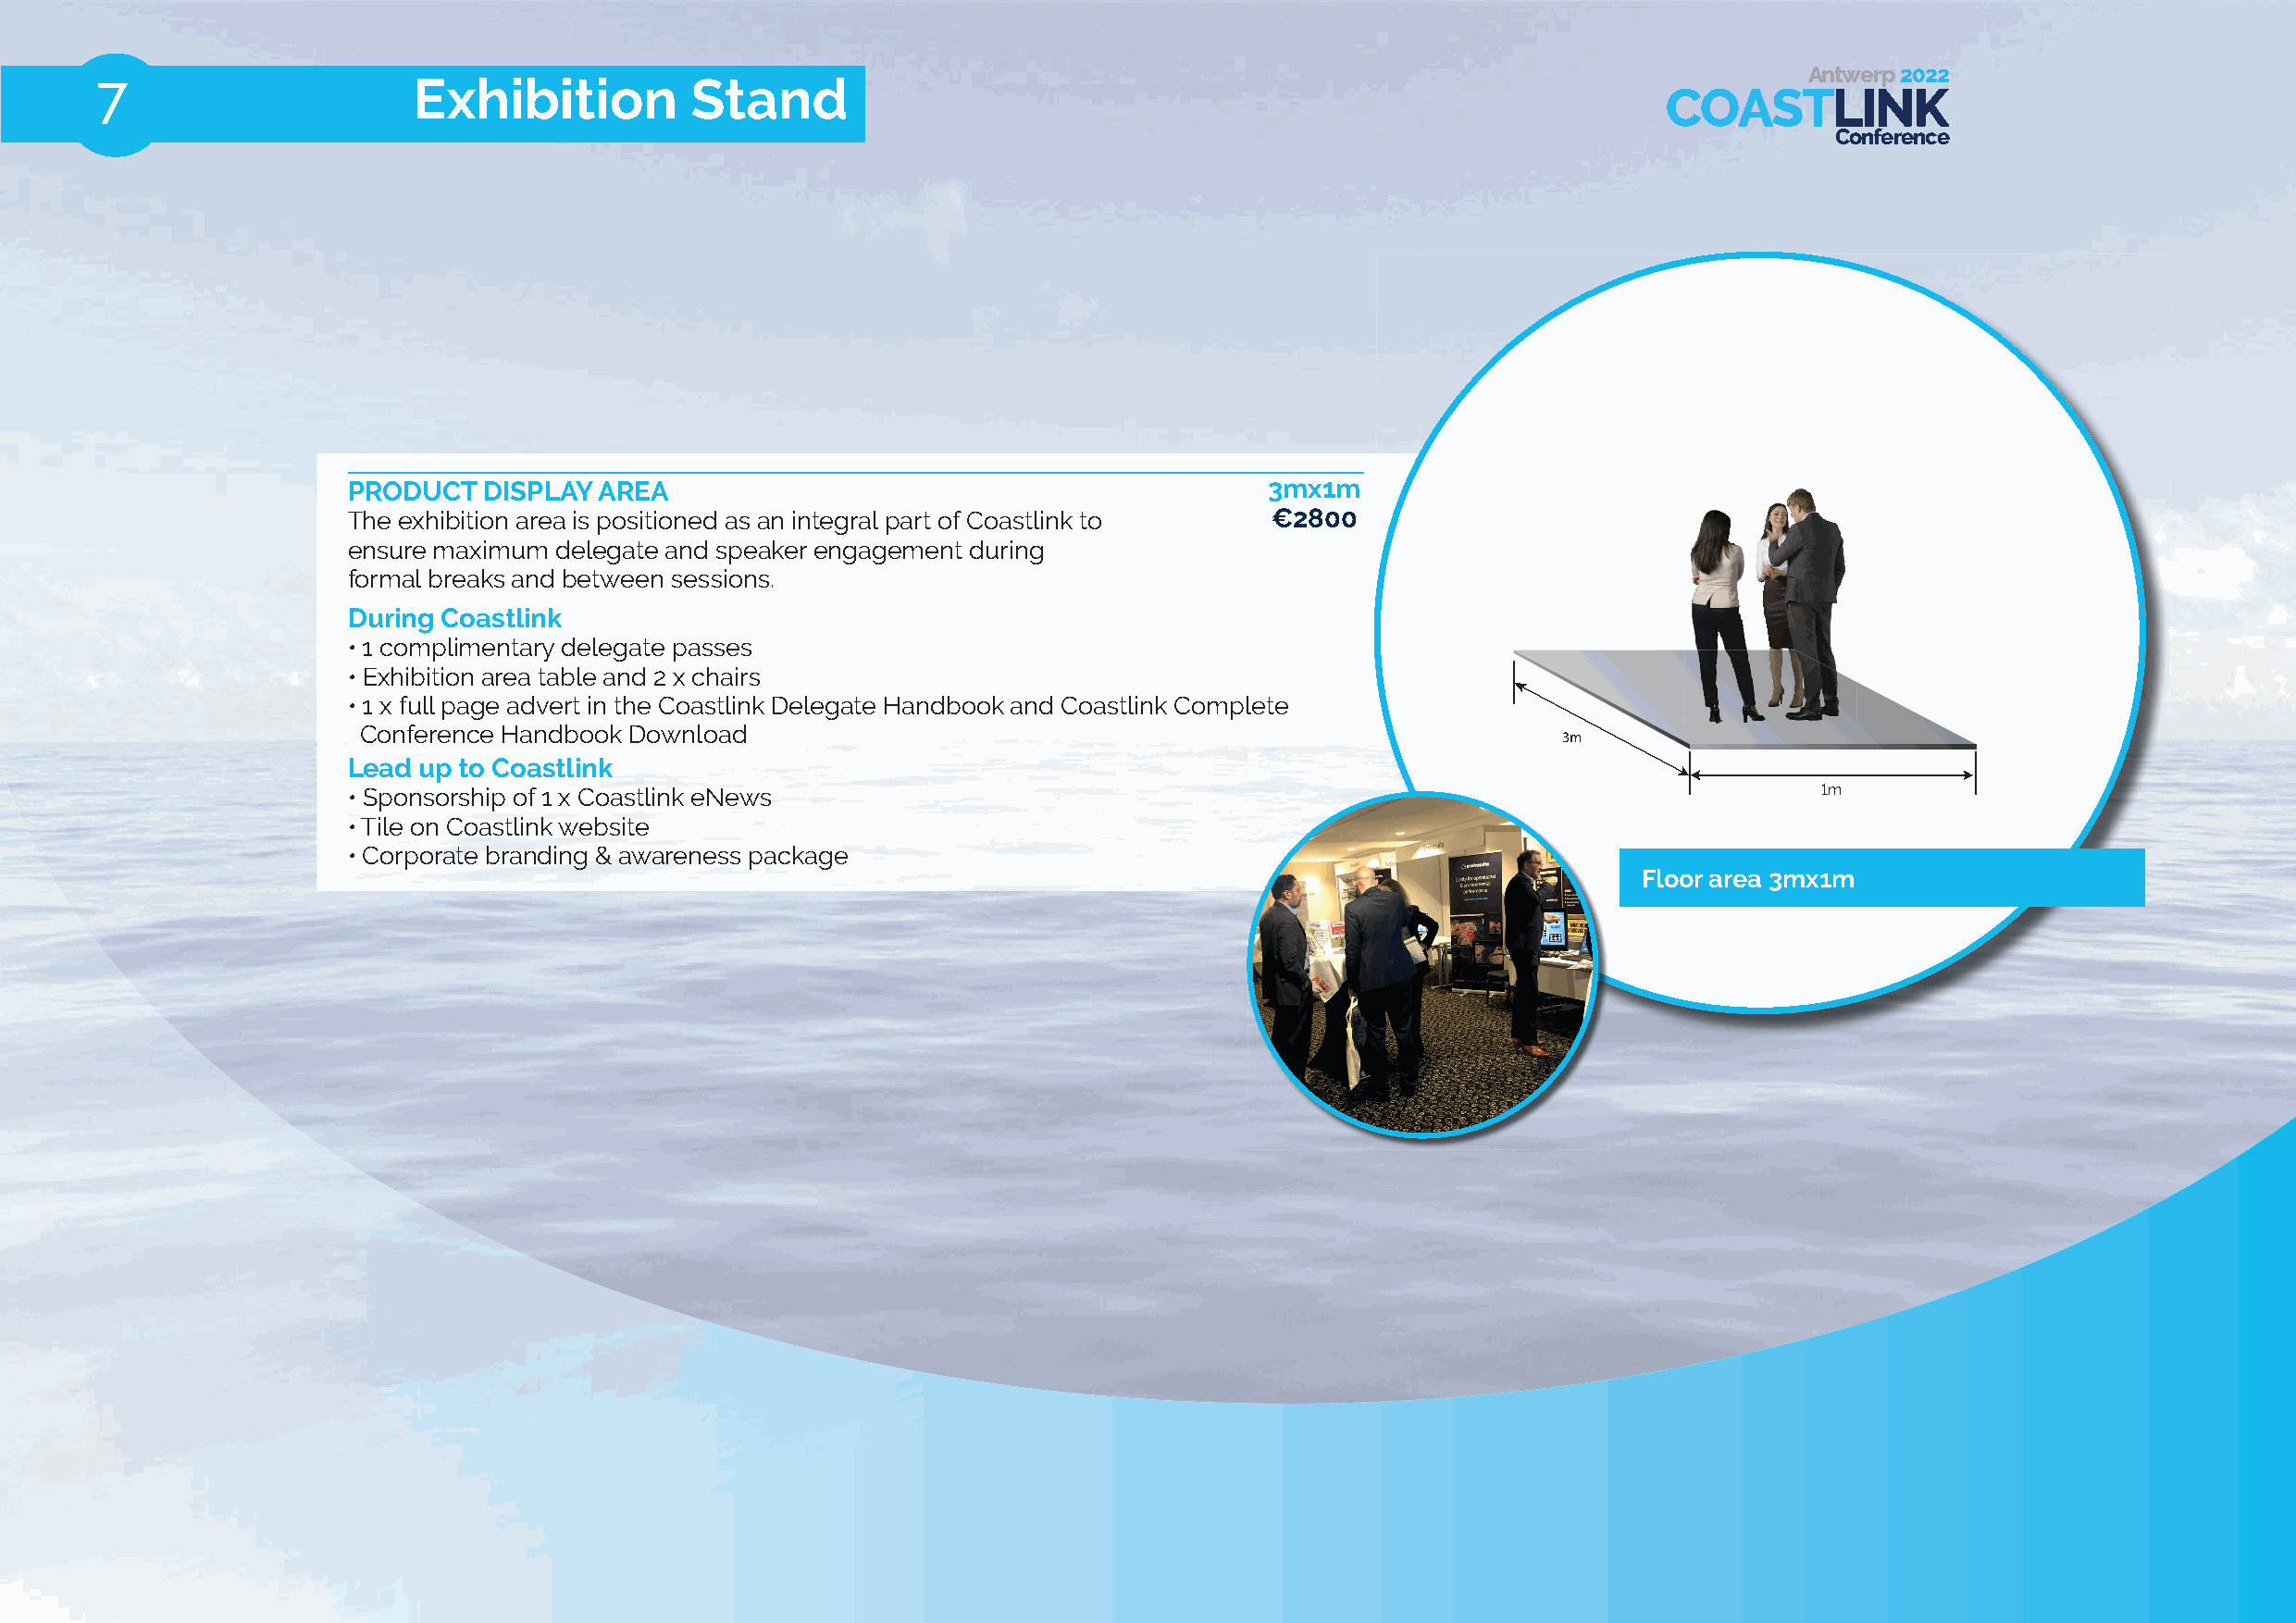
Antwerp 2022
 7                      Exhibition         Stand
 COASTLINK
 Conference
 10ft
 10ft
 PRODUCT   DISPLAY AREA                                            3mx1m
 The exhibition area is positioned as an integral part of Coastlink to €2800
 ensure maximum delegate and speaker engagement during
 formal breaks and between sessions.
 During Coastlink
 • 1 complimentary delegate passes
 • Exhibition area table and 2 x chairs
 • 1 x full page advert in the Coastlink Delegate Handbook and Coastlink Complete
 Conference Handbook Download  10ft
 3m
 Lead up to Coastlink
 10ft
 • Sponsorship of 1 x Coastlink eNews                                                                     12mm
 • Tile on Coastlink website
 • Corporate branding & awareness package
 Floor area 3mx1m
 eparD
 tf3
 eparD
 tf8